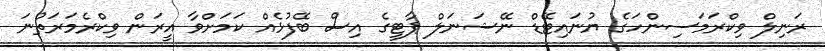
ރަނިލް ވިކްރަމަސިންހަގެ ޔުނައިޓޭޑް ނޭޝަނަލް ޕާޓީގެ އިސް ބޭފުޅެއް ކަމަށްވާ އީރަން ވިކްރެމަރަތުނަ